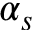
\alpha _ { s }